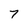
Character: 7